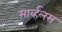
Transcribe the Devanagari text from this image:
मार्व्हलस